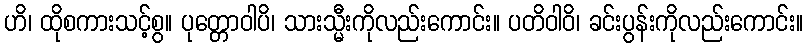
ဟိ၊ ထိုစကားသင့်စွ။ ပုတ္တောဝါပိ၊ သားသ္မီးကိုလည်းကောင်း။ ပတိဝါဝိ၊ ခင်းပွန်းကိုလည်းကောင်း။